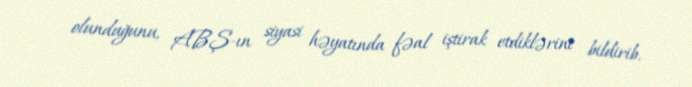
olunduğunu, ABŞ-ın siyasi həyatında fəal iştirak etdiklərini bildirib.